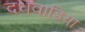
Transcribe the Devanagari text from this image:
दधवाडिया